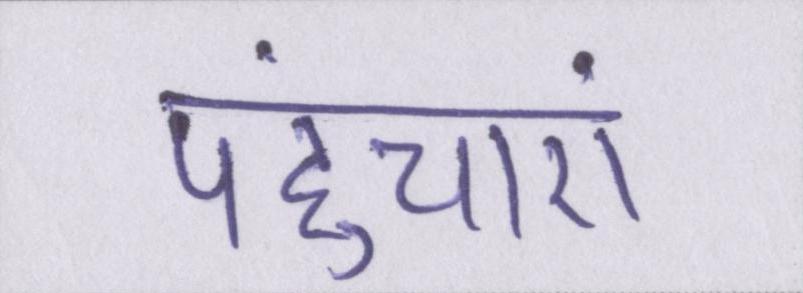
पहुंचाएं